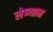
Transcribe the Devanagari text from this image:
लेण्यान